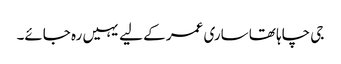
جی چاہا تھا ساری عمر کے لیے یہیں رہ جائے۔